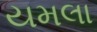
યમલા